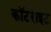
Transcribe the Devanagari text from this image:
कॉटराइट